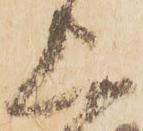
上